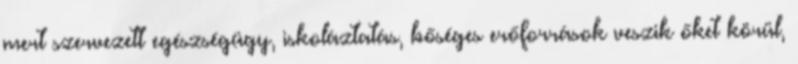
mert szervezett egészségügy, iskoláztatás, bőséges erőforrások veszik őket körül,